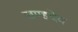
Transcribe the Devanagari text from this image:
खण्डदेव